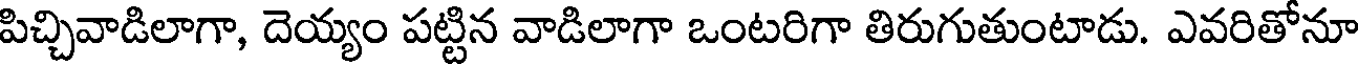
పిచ్చివాడిలాగా, దెయ్యం పట్టిన వాడిలాగా ఒంటరిగా తిరుగుతుంటాడు. ఎవరితోనూ